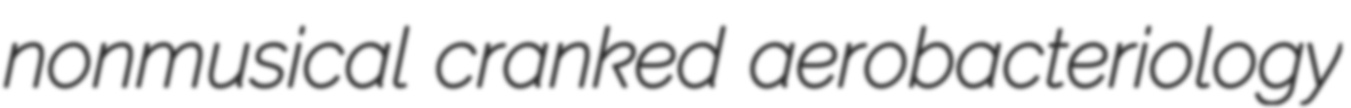
nonmusical cranked aerobacteriology